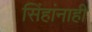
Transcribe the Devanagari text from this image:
सिंहांनाही